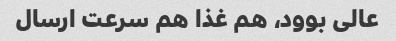
عالی بوود، هم غذا هم سرعت ارسال